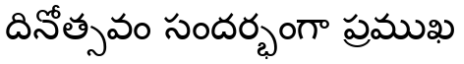
దినోత్సవం సందర్భంగా ప్రముఖ